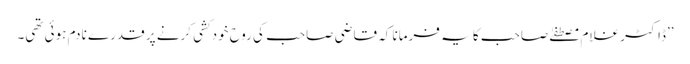
’’ڈاکٹر غلام مصطفےٰ صاحب کا یہ فرمانا کہ قاضی صاحب کی روح خودکشی کرنے پر قدرے نادم ہوئی تھی۔